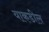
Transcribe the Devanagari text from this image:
याकडील